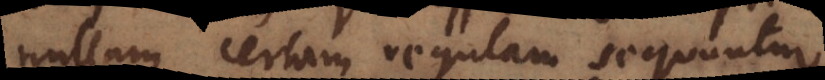
nullam certam regulam sequuntur